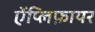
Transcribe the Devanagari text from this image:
ऐंप्लिफ़ायर